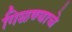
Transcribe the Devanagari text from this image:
गिळण्याचे